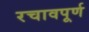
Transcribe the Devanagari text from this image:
रचावपूर्ण